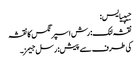
جیپیایس:
نقشہ لنک: رش اسپرنگس کا نقشہ
کی طرف سے پیش: رسل جیمز۔